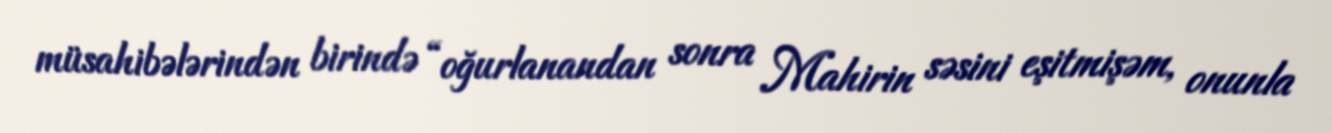
müsahibələrindən birində “oğurlanandan sonra Mahirin səsini eşitmişəm, onunla